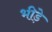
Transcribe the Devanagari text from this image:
भीड़े